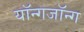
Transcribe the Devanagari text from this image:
यॉन्गजॉन्ग